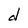
Character: d